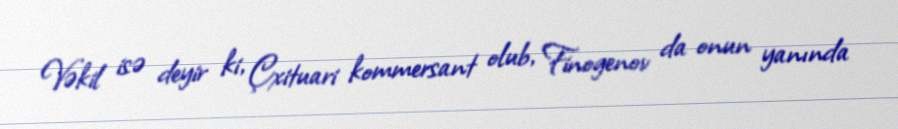
Vəkil isə deyir ki, Çxituari kommersant olub, Finogenov da onun yanında